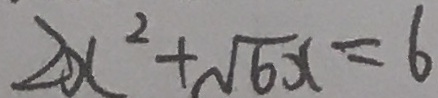
2 x ^ { 2 } + \sqrt { 6 x } = 6